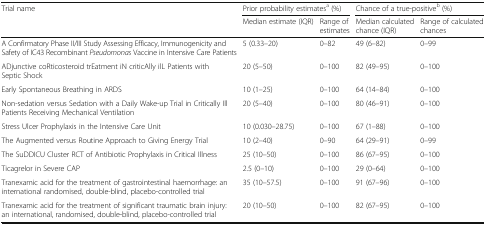
<table><thead><tr><td><b>Trial name</b></td><td colspan="2"><b>Prior probability estimates<sup>a</sup> (%)</b></td><td colspan="2"><b>Chance of a true-positive<sup>b</sup> (%)</b></td></tr><tr><td>[EMPTY_CELL]</td><td><b>Median estimate (IQR)</b></td><td><b>Range of estimates</b></td><td><b>Median calculated chance (IQR)</b></td><td><b>Range of calculated chances</b></td></tr></thead><tbody><tr><td>A Confirmatory Phase II/III Study Assessing Efficacy, Immunogenicity and Safety of IC43 Recombinant <i>Pseudomonas</i> Vaccine in Intensive Care Patients</td><td>5 (0.33–20)</td><td>0–82</td><td>49 (6–82)</td><td>0–99</td></tr><tr><td>ADjunctive coRticosteroid trEatment iN criticAlly ilL Patients with Septic Shock</td><td>20 (5–50)</td><td>0–100</td><td>82 (49–95)</td><td>0–100</td></tr><tr><td>Early Spontaneous Breathing in ARDS</td><td>10 (1–25)</td><td>0–100</td><td>64 (14–84)</td><td>0–100</td></tr><tr><td>Non-sedation versus Sedation with a Daily Wake-up Trial in Critically Ill Patients Receiving Mechanical Ventilation</td><td>20 (5–40)</td><td>0–100</td><td>80 (46–91)</td><td>0–100</td></tr><tr><td>Stress Ulcer Prophylaxis in the Intensive Care Unit</td><td>10 (0.030–28.75)</td><td>0–100</td><td>67 (1–88)</td><td>0–100</td></tr><tr><td>The Augmented versus Routine Approach to Giving Energy Trial</td><td>10 (2–40)</td><td>0–90</td><td>64 (29–91)</td><td>0–99</td></tr><tr><td>The SuDDICU Cluster RCT of Antibiotic Prophylaxis in Critical Illness</td><td>25 (10–50)</td><td>0–100</td><td>86 (67–95)</td><td>0–100</td></tr><tr><td>Ticagrelor in Severe CAP</td><td>2.5 (0–10)</td><td>0–100</td><td>29 (0–64)</td><td>0–100</td></tr><tr><td>Tranexamic acid for the treatment of gastrointestinal haemorrhage: an international randomised, double-blind, placebo-controlled trial</td><td>35 (10–57.5)</td><td>0–100</td><td>91 (67–96)</td><td>0–100</td></tr><tr><td>Tranexamic acid for the treatment of significant traumatic brain injury: an international, randomised, double-blind, placebo-controlled trial</td><td>20 (10–50)</td><td>0–100</td><td>82 (67–95)</td><td>0–100</td></tr></tbody></table>